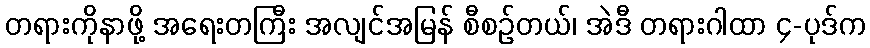
တရားကိုနာဖို့ အရေးတကြီး အလျင်အမြန် စီစဉ်တယ်၊ အဲဒီ တရားဂါထာ ၄-ပုဒ်က